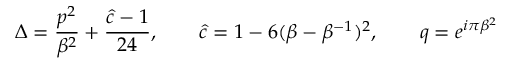
\Delta = { \frac { p ^ { 2 } } { \beta ^ { 2 } } } + { \frac { \hat { c } - 1 } { 2 4 } } , \qquad \hat { c } = 1 - 6 ( \beta - \beta ^ { - 1 } ) ^ { 2 } , \qquad q = e ^ { i \pi \beta ^ { 2 } }